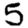
Digit: 5